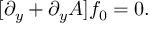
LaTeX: [ \partial _ { y } + \partial _ { y } A ] f _ { 0 } = 0 .